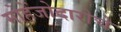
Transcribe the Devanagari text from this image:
मोहेंजोदारोचे